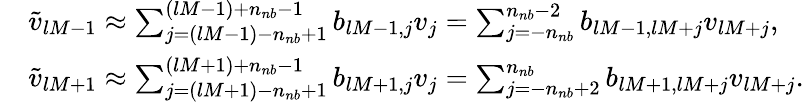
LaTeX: \begin{array}{rl}&{\widetilde v_{lM-1}\approx\sum_{j=(lM-1)-n_{nb}+1}^{(lM-1)+n_{nb}-1}b_{lM-1,j}v_{j}=\sum_{j=-n_{nb}}^{n_{nb}-2}b_{lM-1,lM+j}v_{lM+j},}\\ &{\widetilde v_{lM+1}\approx\sum_{j=(lM+1)-n_{nb}+1}^{(lM+1)+n_{nb}-1}b_{lM+1,j}v_{j}=\sum_{j=-n_{nb}+2}^{n_{nb}}b_{lM+1,lM+j}v_{lM+j}.}\end{array}